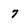
Character: 7